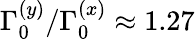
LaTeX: \Gamma_{0}^{(y)}/\Gamma_{0}^{(x)}\approx 1.27